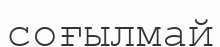
соғылмай